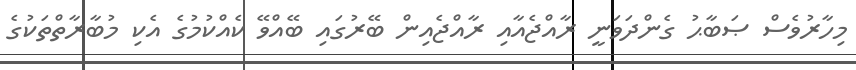
މިހާރުވެސް ޞަބާޙު ގެންދަވަނީ ރާއްޖެއާއި ރާއްޖެއިން ބޭރުގައި ބޭއްވޭ ކެއްކުމުގެ އެކި މުބާރާތްތަކުގެ